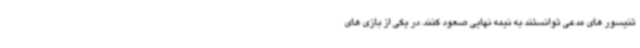
تنیسور های مدعی توانستند به نیمه نهایی صعود کنند. در یکی از بازی های